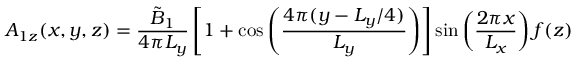
A _ { 1 z } ( x , y , z ) = \frac { \tilde { B } _ { 1 } } { 4 \pi L _ { y } } \left[ 1 + \cos \left( \frac { 4 \pi ( y - L _ { y } / 4 ) } { L _ { y } } \right) \right] \sin \left( \frac { 2 \pi x } { L _ { x } } \right) f ( z )